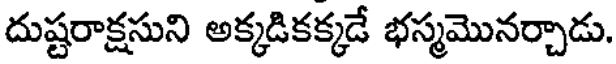
దుష్టరాక్షసుని అక్కడికక్కడే భస్మమొనర్చాడు.